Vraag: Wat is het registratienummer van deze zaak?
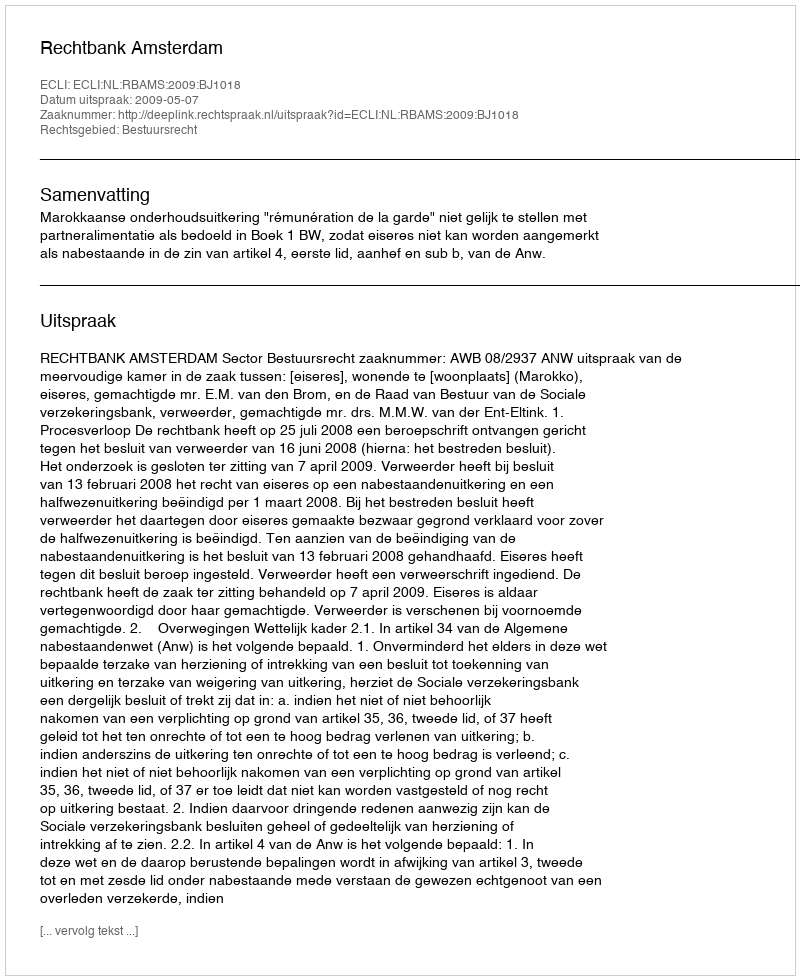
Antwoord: http://deeplink.rechtspraak.nl/uitspraak?id=ECLI:NL:RBAMS:2009:BJ1018